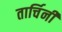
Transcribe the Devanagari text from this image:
तार्चिनी